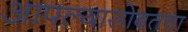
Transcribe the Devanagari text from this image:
आपल्यासोबतचा